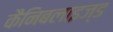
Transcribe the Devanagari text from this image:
कैनिबलाइज्ड